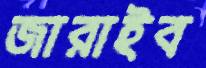
জারাইব